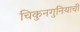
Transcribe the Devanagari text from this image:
चिकुनगुनियाची